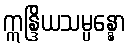
ဣန္ဒြိယသမ္ပန္နော